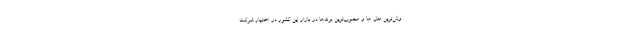
وش‌ترین مدل ها و محبوب‌ترین برندها در بازار این کشور در اختیار شرکت